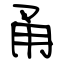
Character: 甬